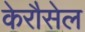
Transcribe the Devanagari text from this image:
केरौसेल